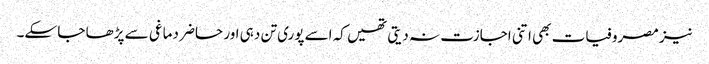
نیز مصروفیات بھی اتنی اجازت نہ دیتی تھیں کہ اسے پوری تن دہی اور حاضر دماغی سے پڑھا جا سکے۔